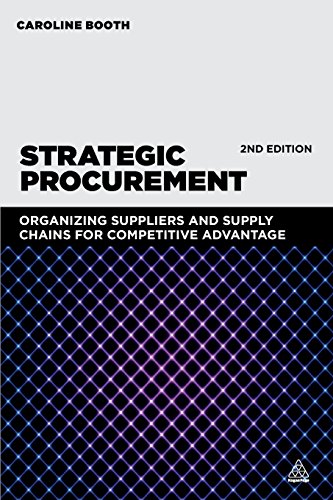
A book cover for Strategic Procurement: Organizing Suppliers and Supply Chains for Competitive Advantage; Caroline Booth; Business & Money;